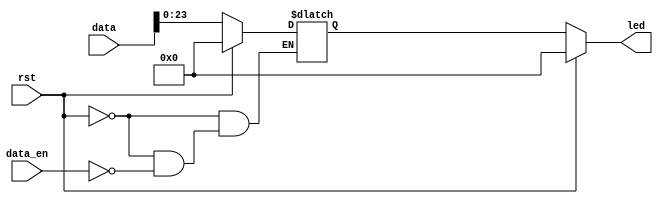
module leds(
  input wire rst,
  input wire[31:0] data,
  input wire data_en,
  output reg[23:0] led
);

reg[31:0] mydata;

always @(*) begin
  if(rst) mydata=0;
  else if(data_en) mydata=data;
end

always @(*) begin
  if(rst) led=0;
  else led=mydata[23:0];
end

endmodule